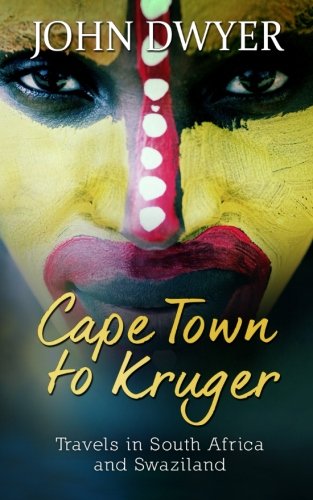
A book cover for Cape Town to Kruger: Backpacker Travels in South Africa and Swaziland; John Dwyer; Travel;